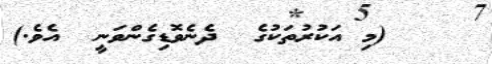
١    (މި އަކުރުތަކުގެ  ދެެނެވޮޑިގެންވަނީ  އެވެ.)